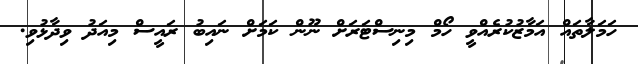
ހަމަލާތައް އަމާޒުކުރެއްވީ ހޯމް މިނިސްޓަރަށް ނޫން ކަމަށް ނައިބު ރައީސް މިއަދު ވިދާޅުވި.